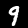
Label: 9